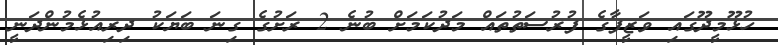
ހުޅޫމީދޫގައި ވަޒީފާގެ ފުރުސަތުތައް މަދުކަމަށް ބުނެ 2 ރަށުގެ ގިނަ ބަޔަކު ދިރިއުޅެމުންދަނީ